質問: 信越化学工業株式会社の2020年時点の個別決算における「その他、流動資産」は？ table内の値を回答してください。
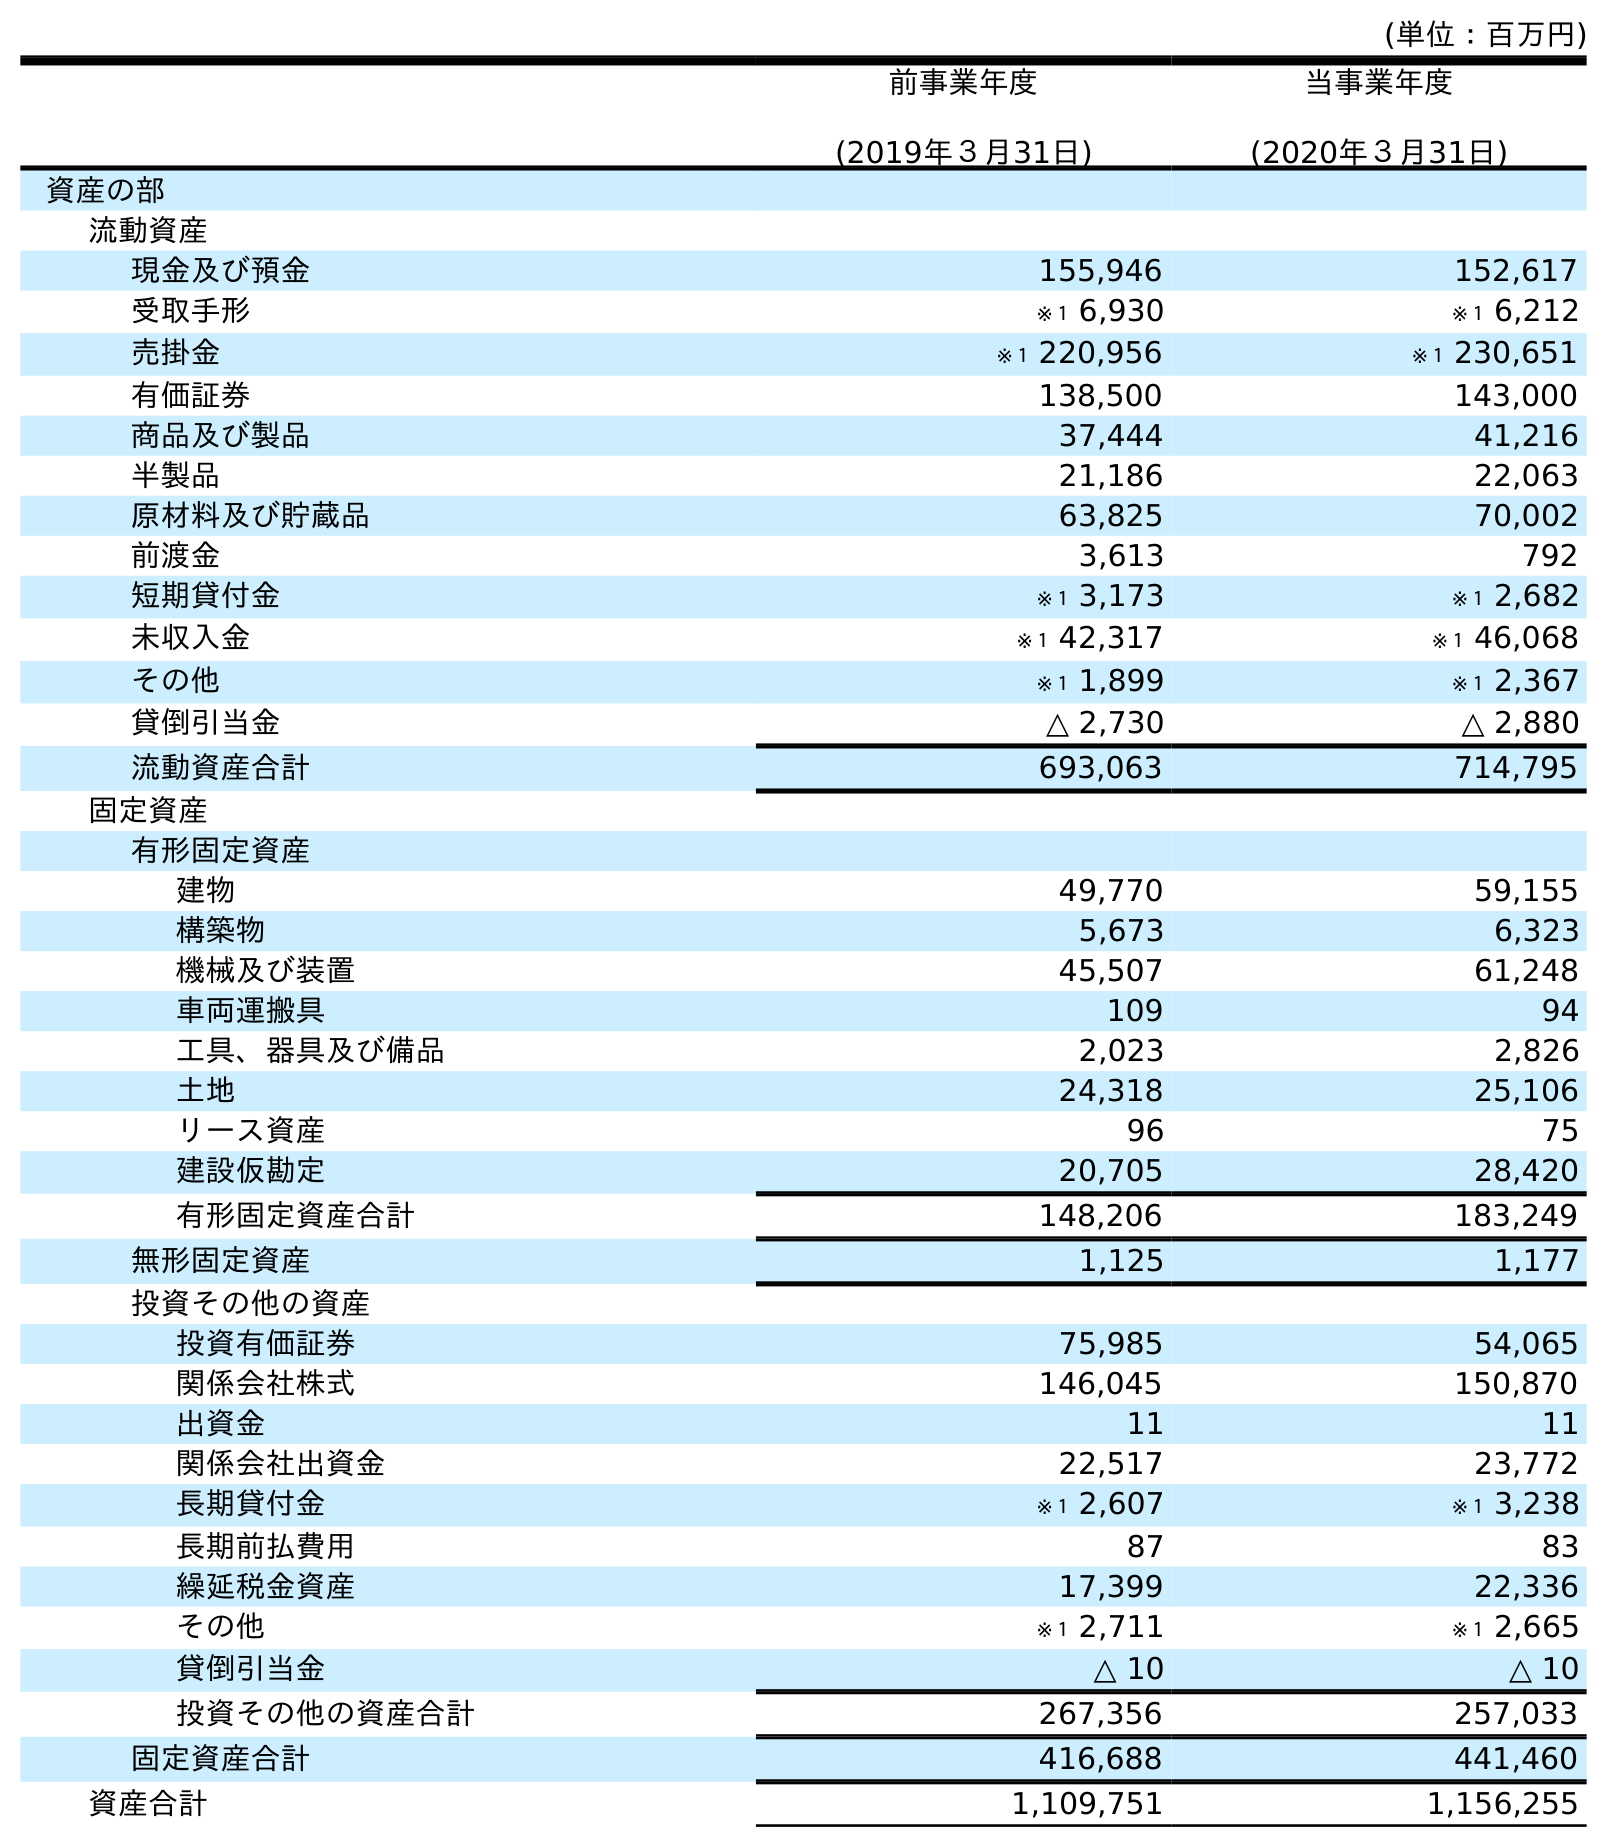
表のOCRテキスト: (単位：百万円) 前事業年度 (2019年３月31日) 当事業年度 (2020年３月31日) 資産の部 流動資産 現金及び預金 155,946 152,617 受取手形 ※１ 6,930 ※１ 6,212 売掛金 ※１ 220,956 ※１ 230,651 有価証券 138,500 143,000 商品及び製品 37,444 41,216 半製品 21,186 22,063 原材料及び貯蔵品 63,825 70,002 前渡金 3,613 792 短期貸付金 ※１ 3,173 ※１ 2,682 未収入金 ※１ 42,317 ※１ 46,068 その他 ※１ 1,899 ※１ 2,367 貸倒引当金 △ 2,730 △ 2,880 流動資産合計 693,063 714,795 固定資産 有形固定資産 建物 49,770 59,155 構築物 5,673 6,323 機械及び装置 45,507 61,248 車両運搬具 109 94 工具、器具及び備品 2,023 2,826 土地 24,318 25,106 リース資産 96 75 建設仮勘定 20,705 28,420 有形固定資産合計 148,206 183,249 無形固定資産 1,125 1,177 投資その他の資産 投資有価証券 75,985 54,065 関係会社株式 146,045 150,870 出資金 11 11 関係会社出資金 22,517 23,772 長期貸付金 ※１ 2,607 ※１ 3,238 長期前払費用 87 83 繰延税金資産 17,399 22,336 その他 ※１ 2,711 ※１ 2,665 貸倒引当金 △ 10 △ 10 投資その他の資産合計 267,356 257,033 固定資産合計 416,688 441,460 資産合計 1,109,751 1,156,255
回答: ※１2,367